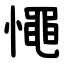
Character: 憴